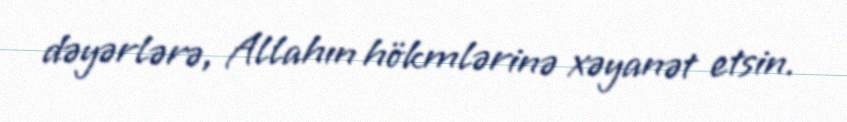
dəyərlərə, Allahın hökmlərinə xəyanət etsin.